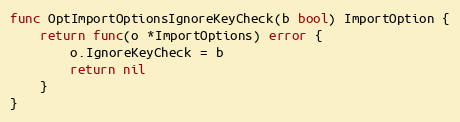
Language: Go
func OptImportOptionsIgnoreKeyCheck(b bool) ImportOption {
	return func(o *ImportOptions) error {
		o.IgnoreKeyCheck = b
		return nil
	}
}